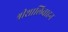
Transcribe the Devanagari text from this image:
श्रीशालिवाहन